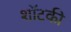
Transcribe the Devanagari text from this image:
शॉटकी